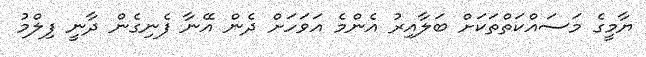
ޔާމީގެ މަސައްކަތްތަކަށް ބަލާއިރު އެންމެ އަވަހަށް ދެން އޭނާ ފެނިގެން ދާނީ ފިލްމު